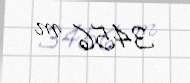
3456 m